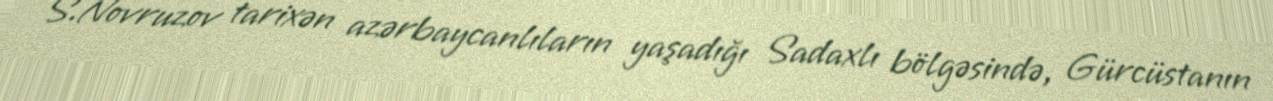
S.Novruzov tarixən azərbaycanlıların yaşadığı Sadaxlı bölgəsində, Gürcüstanın